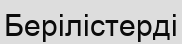
Берілістерді